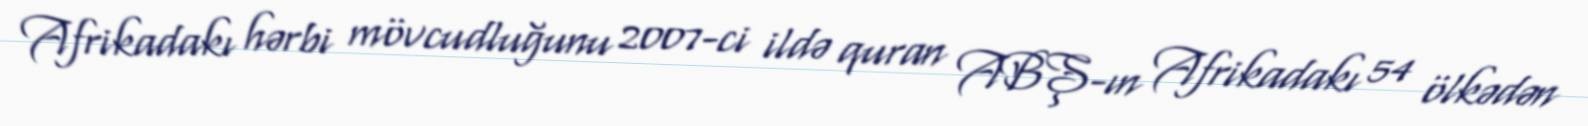
Afrikadakı hərbi mövcudluğunu 2007-ci ildə quran ABŞ-ın Afrikadakı 54 ölkədən